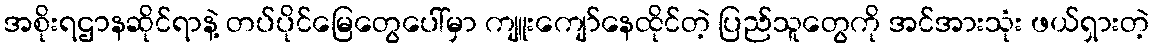
အစိုးရဌာနဆိုင်ရာနဲ့ တပ်ပိုင်မြေတွေပေါ်မှာ ကျူးကျော်နေထိုင်တဲ့ ပြည်သူတွေကို အင်အားသုံး ဖယ်ရှားတဲ့